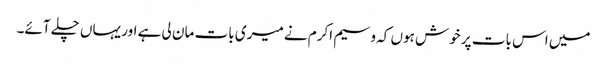
میں اس بات پر خوش ہوں کہ وسیم اکرم نے میری بات مان لی ہے اور یہاں چلے آئے۔